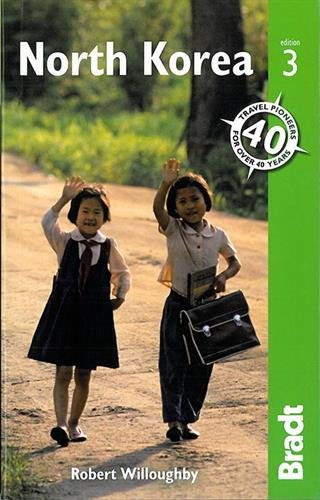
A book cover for North Korea (Bradt Travel Guide); Robert Willoughby; Travel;